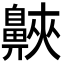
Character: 𪖨